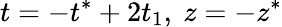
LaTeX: t=-t^{*}+2t_{1},\ z=-z^{*}